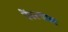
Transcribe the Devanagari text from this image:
पेंडरगास्ट